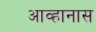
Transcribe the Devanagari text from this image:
आव्हानास